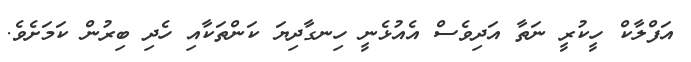
އަފްލާކް ހީކުރީ ނަތާ އަދިވެސް އެއުޅެނީ ހިނގާދިޔަ ކަންތަކާއި ހެދި ބިރުން ކަމަށެވެ.